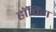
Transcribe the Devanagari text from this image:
हॉचिंग